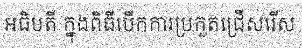
អធិបតី ក្នុងពិធីបើកការប្រកួតជ្រើសរើស